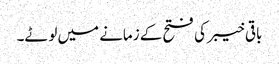
باقی خیبر کی فتح کے زمانے میں لوٹے۔